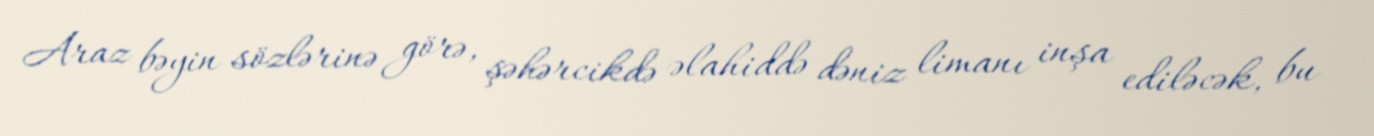
Araz bəyin sözlərinə görə, şəhərcikdə əlahiddə dəniz limanı inşa ediləcək, bu